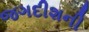
જગદીશની